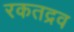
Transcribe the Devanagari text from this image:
रकतद्रव